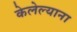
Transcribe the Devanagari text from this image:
केलेल्याना